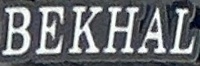
BEKHAL